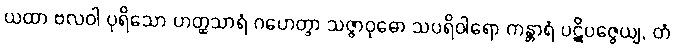
ယထာ ဗလဝါ ပုရိသော ဟတ္ထသာရံ ဂဟေတွာ သဇ္ဇာဝုဓော သပရိဝါရော ကန္တာရံ ပဋိပဇ္ဇေယျ, တံ